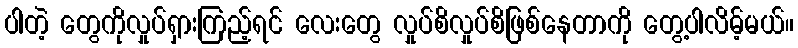
ပါတဲ့ တွေကိုလှုပ်ရှားကြည့်ရင် လေးတွေ လှုပ်စိလှုပ်စိဖြစ်နေတာကို တွေ့ပါလိမ့်မယ်။